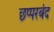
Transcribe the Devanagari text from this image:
छप्परबंद